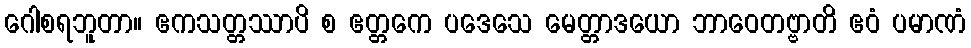
ဂေါစရဘူတာ။ ဧကသတ္တဿာပိ စ ဧတ္တကေ ပဒေသေ မေတ္တာဒယော ဘာဝေတဗ္ဗာတိ ဧဝံ ပမာဏံ